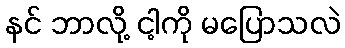
နင် ဘာလို့ ငါ့ကို မပြောသလဲ